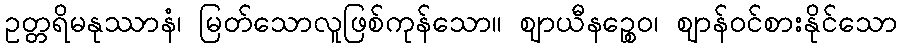
ဥတ္တရိမနုဿာနံ၊ မြတ်သောလူဖြစ်ကုန်သော။ ဈာယီနဉ္စေဝ၊ ဈာန်ဝင်စားနိုင်သော